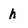
Character: h